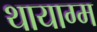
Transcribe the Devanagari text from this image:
थायाग्म